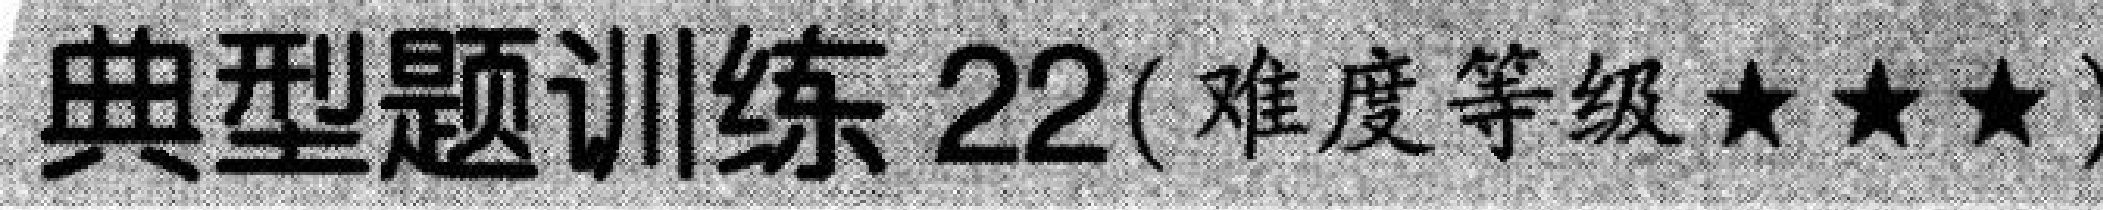
典型题训练 22(难度等级★★★)